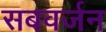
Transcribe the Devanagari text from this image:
सबवर्जन